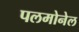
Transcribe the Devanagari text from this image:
पलमोनेल